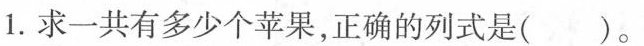
1.求一共有多少个苹果，正确的列式是( )。